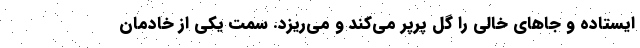
ایستاده و جاهای خالی را گل پر‌پر می‌کند و می‌ریزد. سمت یکی از خادمان